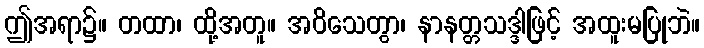
ဤအရာ၌။ တထာ၊ ထို့အတူ။ အဝိသေတွာ၊ နာနတ္တသဒ္ဒါဖြင့် အထူးမပြုဘဲ။